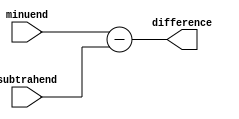
module comb_subtractor (
    input [7:0] minuend,
    input [7:0] subtrahend,
    output [7:0] difference
);

assign difference = minuend - subtrahend;

endmodule